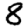
Digit: 8